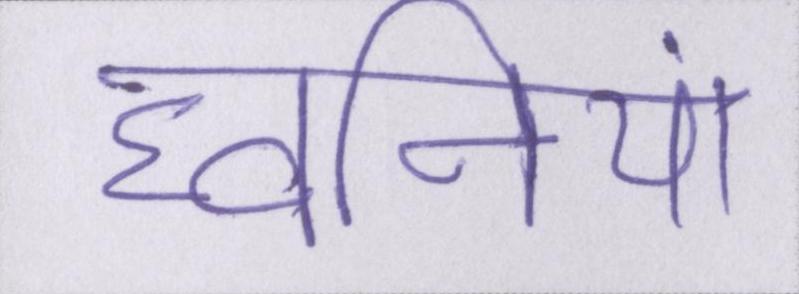
घ्वनियां